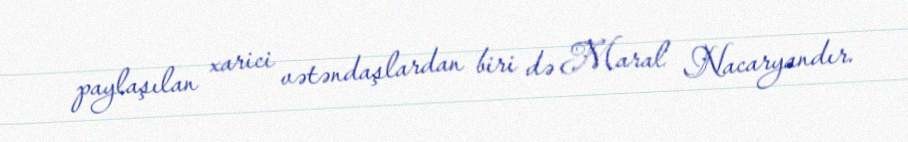
paylaşılan xarici vətəndaşlardan biri də Maral Nacaryandır.